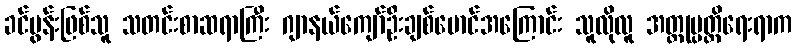
ခင်ပွန်းဖြစ်သူ သတင်းစာဆရာကြီး ဂျာနယ်ကျော်ဦးချစ်မောင်အကြောင်း သူလိုလူ အတ္ထုပ္ပတ္တိရေးရာက